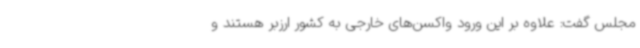
مجلس گفت: علاوه بر این ورود واکسن‌های خارجی به کشور ارزبر هستند و